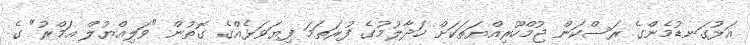
އަޅުގަނޑުމެންގެ ރަސްކަން ޖުމްހޫރިއްޔަތަކަށް ހަދާލުމުގެ ފުރަތަމަ ފިޔަވަޅެއްގެ ގޮތުން "ވަލިއްޔުލް އަމްރު" ގެ